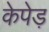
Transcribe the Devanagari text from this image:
केपेड़